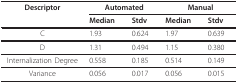
<table><thead><tr><td><b>Descriptor</b></td><td colspan="2"><b>Automated</b></td><td colspan="2"><b>Manual</b></td></tr><tr><td></td><td><b>Median</b></td><td><b>Stdv</b></td><td><b>Median</b></td><td><b>Stdv</b></td></tr></thead><tbody><tr><td>C</td><td>1.93</td><td>0.624</td><td>1.97</td><td>0.639</td></tr><tr><td>D</td><td>1.31</td><td>0.494</td><td>1.15</td><td>0.380</td></tr><tr><td>Internalization Degree</td><td>0.558</td><td>0.185</td><td>0.514</td><td>0.149</td></tr><tr><td>Variance</td><td>0.056</td><td>0.017</td><td>0.056</td><td>0.015</td></tr></tbody></table>